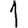
Digit: 1